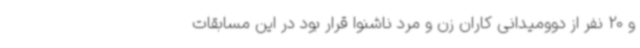
و 20 نفر از دوومیدانی کاران زن و مرد ناشنوا قرار بود در این مسابقات